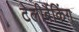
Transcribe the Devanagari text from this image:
टेलीबैंकिंग